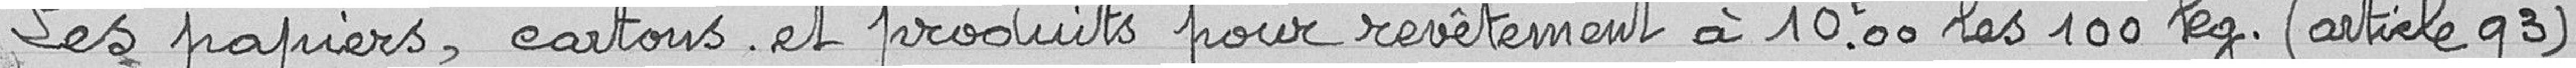
Les papiers, cartons et produits pour revêtement à 10,00 francs les 100 kilogrames (article 93).